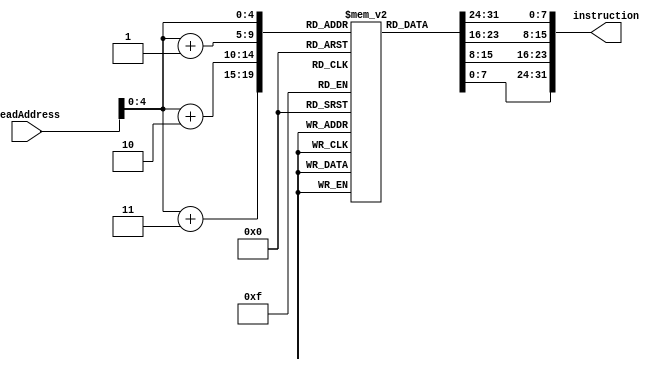
module instMemory(readAddress, instruction);
    input  [31:0] readAddress;
    output reg [31:0] instruction;
    
    reg    [7:0]  instructions [0:19];
    
    integer i;
    integer j;
    integer k;
    integer h;
     
     
    initial
    begin
        //lw  $2,14($0)
        //beq $9,$9,2;
        //add $6,$2,$3;
        //sub $7,$6,$2;
        //add $6,$8,$4;
        instructions[0] = 8'b10001100;

        instructions[1] = 8'b00000010;
    
        instructions[2] = 8'b00000000;
    
        instructions[3] = 8'b00001110;
    
        instructions[4] = 8'b01000001;
    
        instructions[5] = 8'b00101001;
    
        instructions[6] = 8'b00000000;
    
        instructions[7] = 8'b00000010;
    
        instructions[8] = 8'b00000000;
    
        instructions[9] = 8'b01100010;
    
        instructions[10] = 8'b00110000;
    
        instructions[11] = 8'b00100000;
    
        instructions[12] = 8'b00000000;
    
        instructions[13] = 8'b11000010;
    
        instructions[14] = 8'b00111000;
    
        instructions[15] = 8'b00100010;
        
        instructions[16] = 8'b00000001;
        
        instructions[17] = 8'b00000100;
        
        instructions[18] = 8'b00110000;
        
        instructions[19] = 8'b00100000;
        
    end
     
    always @*
    begin
        for(h = 0; h <= 7; h = h + 1)
            instruction[h] = instructions[readAddress + 3][h];
        
        for(k = 8; k <= 15; k = k + 1)
            instruction[k] = instructions[readAddress + 2][k - 8];

        for(j = 16; j <= 23; j = j + 1)
            instruction[j] = instructions[readAddress + 1][j - 16];
            
        for(i = 24; i < 32; i = i + 1)
            instruction[i] = instructions[readAddress][i - 24];
    end
   
endmodule